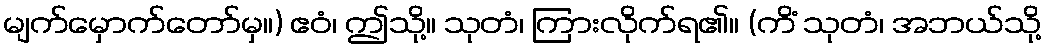
မျက်မှောက်တော်မှ။) ဧဝံ၊ ဤသို့။ သုတံ၊ ကြားလိုက်ရ၏။ (ကိံ သုတံ၊ အဘယ်သို့